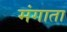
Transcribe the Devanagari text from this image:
मंगाता